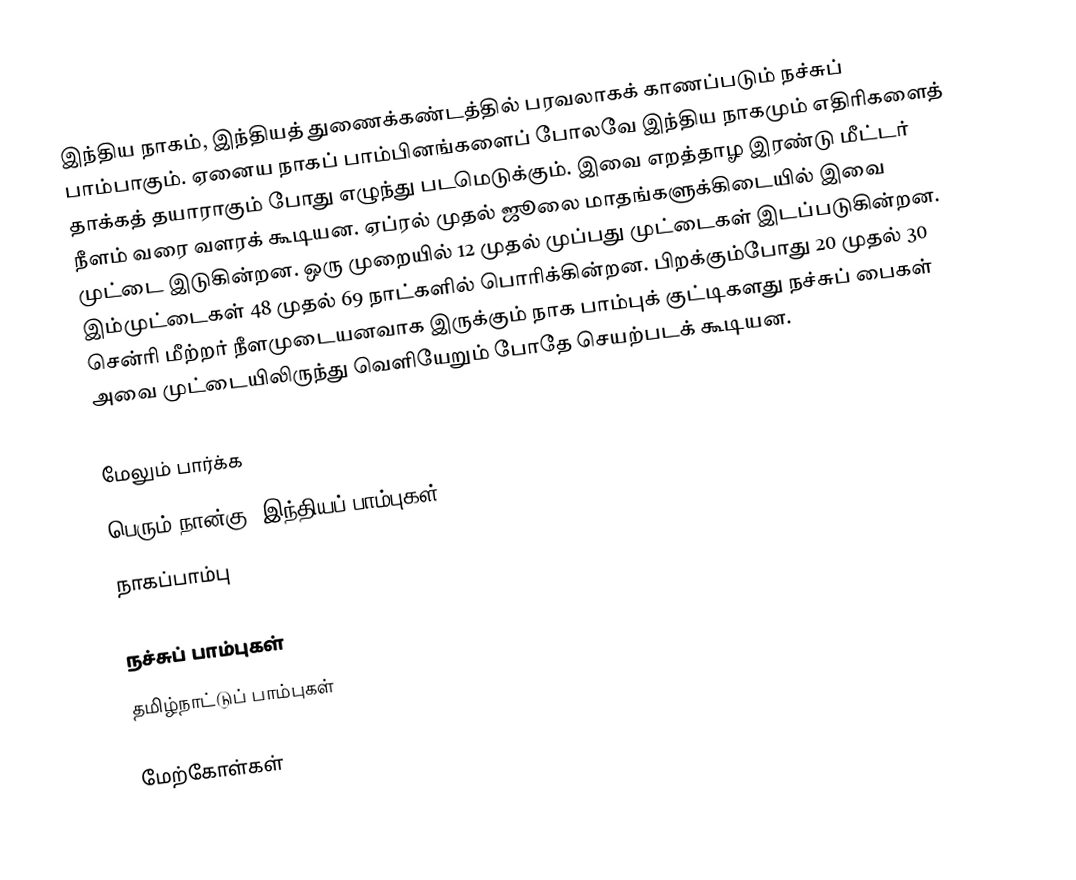
இந்திய நாகம், இந்தியத் துணைக்கண்டத்தில் பரவலாகக் காணப்படும் நச்சுப் பாம்பாகும். ஏனைய நாகப் பாம்பினங்களைப் போலவே இந்திய நாகமும் எதிரிகளைத் தாக்கத் தயாராகும் போது எழுந்து படமெடுக்கும். இவை எறத்தாழ இரண்டு மீட்டர் நீளம் வரை வளரக் கூடியன. ஏப்ரல் முதல் ஜூலை மாதங்களுக்கிடையில் இவை முட்டை இடுகின்றன. ஒரு முறையில் 12 முதல் முப்பது முட்டைகள் இடப்படுகின்றன. இம்முட்டைகள் 48 முதல் 69 நாட்களில் பொரிக்கின்றன. பிறக்கும்போது 20 முதல் 30 சென்ரி மீற்றர் நீளமுடையனவாக இருக்கும் நாக பாம்புக் குட்டிகளது நச்சுப் பைகள் அவை முட்டையிலிருந்து வெளியேறும் போதே செயற்படக் கூடியன.

மேலும் பார்க்க
 பெரும் நான்கு (இந்தியப் பாம்புகள்)
 நாகப்பாம்பு

நச்சுப் பாம்புகள்
தமிழ்நாட்டுப் பாம்புகள்

மேற்கோள்கள்